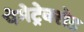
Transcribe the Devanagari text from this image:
पेमेट्रेक्सेड